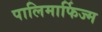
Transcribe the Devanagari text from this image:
पालिमार्फिज्म